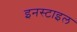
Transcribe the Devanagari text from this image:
इनस्टाइल